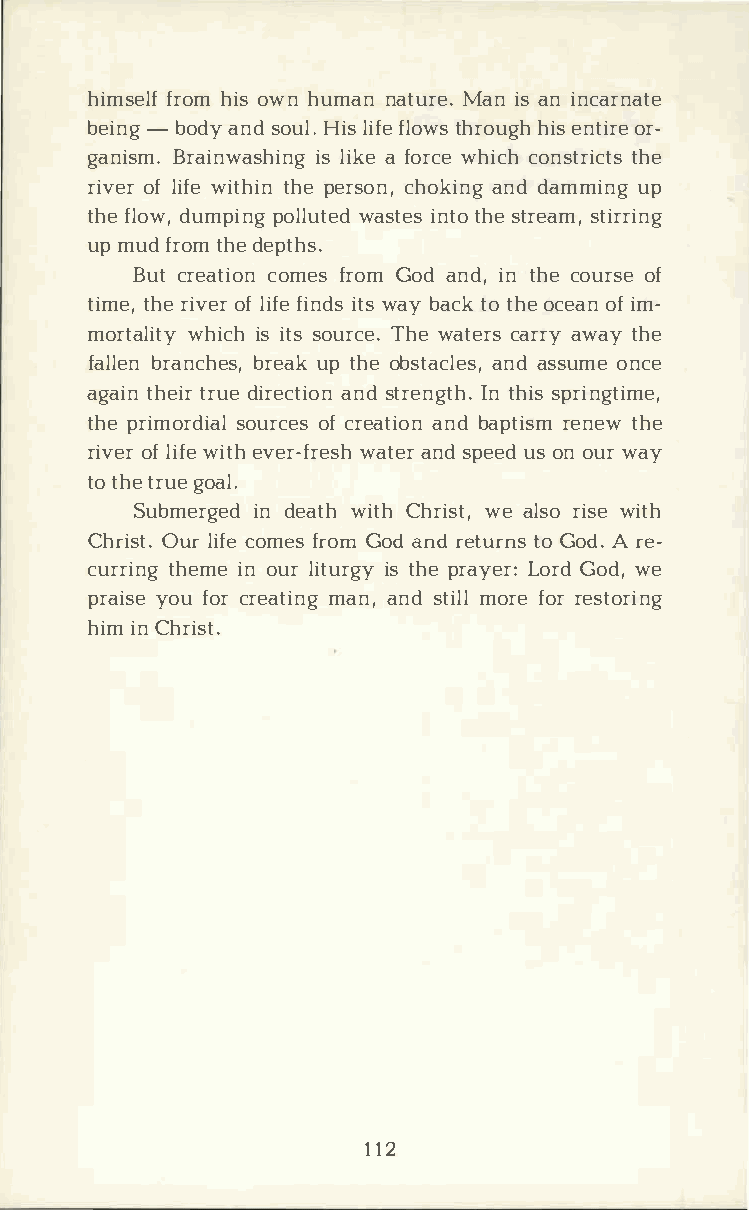
himsferlohfmi o sw nh umanna tuMraeni. sa ni ncarnate
 bei-nbgo dayn sdo uHlil.si ffleo twhsr ohuigeshn toirr­e
 ganism.     Briasli inakwf eao srhwciheni gcc ohn sttrhiec ts
 rivoeflr i wfiet htihpnee rscohno,k ainnddga mmiunpg
 thfel odwu,m pipnogl lwuatsetiden stt hose t resatmi,r ring
 upm udf rotmhd ee pths.
 Buctr eactoimoenfs r oGmo da ndi,nt hceo urosfe
 timteh,re i voeflr i ffieni dtwssa yb actkot hoec eoafin m ­
 mortawlhiiticyshi tsso urTchewe.a tecrasra rwya tyh e
 fallen     bbrraeunapckt h heoesb ,s taacnlades ss,uo mnec e
 agatihnet irrud ei recatnsidto rne nIgntt hhsi.ps r ingtime,
 thper imosroduiraoclfce rse aatnibdoa np triesnmet wh e
 rivoeflr i wfiete hv er-wfarteaesnrhsd p euesod n o uwra y
 tot hter guoea l.
 Submerignde eda wtiht Chh riwseta ,l sroi swei th
 ChriOsutlr.i c foem ferso Gmo da nrde tutroGn osdA . r e­
 currtihnegmi eno ulri tuirstg hype r ayLeorrG:do dw,e
 prayiosuef ocrr eamtainna,gn sdt miolrlfe o rre storing
 hiimnC hrist.
 112